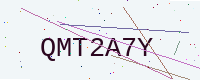
Text: QMT2A7Y